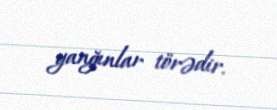
yanğınlar törədir.